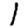
Digit: 1